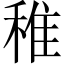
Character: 稚